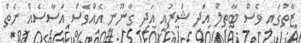
ޒާތުގައި ވެސް ބާތިލް އަދި ޝަރުއީ އަދި ގާނޫނީ އެއްވެސް އަސާސެއް ނެތް